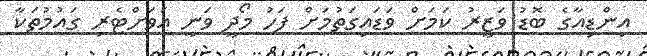
އިންޑިއާގެ ބޮޑު ވަޒީރު ކަމަށް ވަޑައިގަތުމަށް ފަހު މޯދީ ވަނީ އަވަށްޓެރި ގައުމުތަކާ